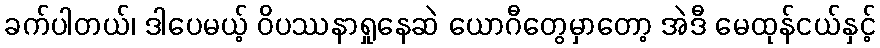
ခက်ပါတယ်၊ ဒါပေမယ့် ဝိပဿနာရှုနေဆဲ ယောဂီတွေမှာတော့ အဲဒီ မေထုန်ငယ်နှင့်